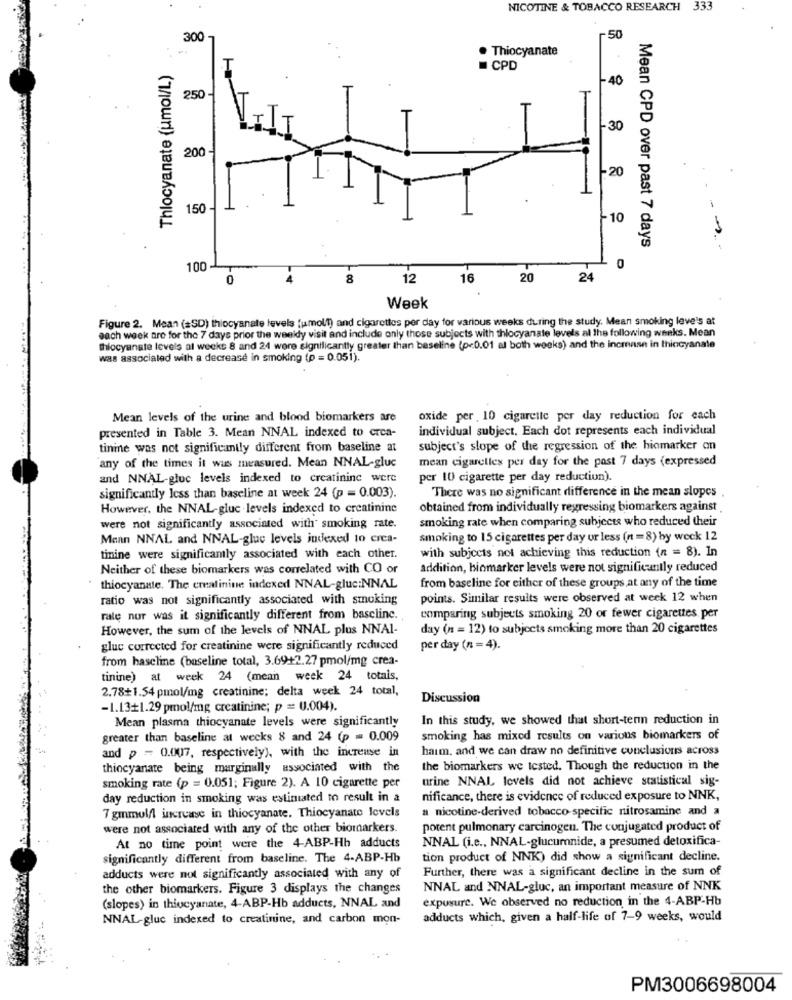
NICOTINE & TOBACCO RESEARCH 333
300 -
~ 50
...
. Thiocyanate
Thlocyanate {jmol/L)
T
CPD
-40
250
-30
200
-20
150
-10
Mean CPD over past 7 days
100
0
0
4
8
12
16
20
24
Week
Figure 2. Mean (SD) thiocyanate levels [umolt) and cigarettes per day for various weeks during the study. Mean smoking leve's at
each week are for the 7 days prior the weeldy visit and include only those subjects with thlocyanate levels al the following weeks. Mean
thilocyanste levels al weeks 8 and 24 were significantly greater than baseline (p<0.01 al both weeks) and the increase in thiocyanate
was associated with a decrease in smoking (p = 0.051).
Mean levels of the urine and blood biomarkers are
oxide per 10 cigarette per day reduction for each
individual subject. Each dot represents each individual
presented in Table 3. Mean NNAL indexed to crea-
tinine was not significantly different from baseline at
subject's slope of the regression of the biomarker on
any of the times it was measured. Mean NNAL-gluc
mean cigarelles per day for the past 7 days (expressed
and NNAL-gluc levels indexed to creatinine were
per 10 cigarette per day reduction).
significantly less than baseline at week 24 (p = 0.003).
There was no significant difference in the mean slopes
However, the NNAL-gluc levels indexed to creatinine
obtained from individually regressing biomarkers against
smoking rate when comparing subjects who reduced their
were not significantly associated with smoking rate.
Mann NNAL and NNAL-gluc levels indexed to crea-
smoking to 15 cigarettes per day or less (n = 8) by weck 12
tinine were significamly associated with each other.
with subjects not achieving this reduction (n = 8). In
Neither of these biomarkers was correlated with CO or
addition, biomarker levels were not significantly reduced
from baseline for either of these groups at any of the time
thiocyanate. The creatinine indexed NNAL-gluc:NNAL
ratio was not significantly associated with smoking
points. Similar results were observed at week 12 when
rale nur was it significantly different from basclinc.
comparing subjects smoking 20 or fewer cigarettes, per
However, the sum of the levels of NNAL plus NNAI-
day (n = 12) to subjects smoking more than 20 cigarettes
gluc corrected for creatinine were significantly reduced
per day (n = 4).
from hascline (baseline total, 3.69+2.27 pmol/mg crea-
tinine) at week 24 (mean week 24 totais,
2.78+1.54 pmol/mg creatinine; delta week 24 total,
Discussion
-1.13+1.29 pmol/mg creatinine; p = 0.004).
Mean plasma thiocyanate levels were significantly
In this study, we showed that short-term reduction in
greater than baseline at wecks 8 and 24 (p = 0.009
smoking has mixed results on various biomarkers of
and p = 0.007, respectively), with the increase in
harm, and we can draw no definitive conclusions across
thiocyanate being marginally associated with the
the biomarkers we tested. Though the reduction in the
urine NNAL levels did not achieve statistical sig-
smoking rate (p = 0.051; Figure 2). A 10 cigarette per
day reduction in smoking was estimated to result in a
nificance, there is evidence of reduced exposure to NNK,
a nicotine-derived tobacco specific nitrosamine and a
7 gmmol/l increase in thiocyanate. Thiocyanate levels
were not associated with any of the other biomarkers.
porent pulmonary carcinogen. The conjugated product of
NNAL (i.e ., NNAL-glucuronide, a presumed detoxifica-
At no time point were the 4-ABP-Hh adducts
significantly different from baseline. The 4-ABP-Hb
tion product of NNK) did show a significant decline.
Further, there was a significant decline in the sum of
adducts were not significantly associated with any of
the other biomarkers. Figure 3 displays the changes
NNAL and NNAL-gluc, an important measure of NNK
exposure. We observed no reduction in the 4-ABP-Hb
(slopes) in thivcyanate, 4-ABP-Hb adducts, NNAL and
NNAL-gluc indexed to creatinine, and carbon mon-
adducts which, given a half-life of 7-9 weeks, would
PM3006698004